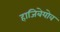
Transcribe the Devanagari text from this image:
हाजिबेयोव